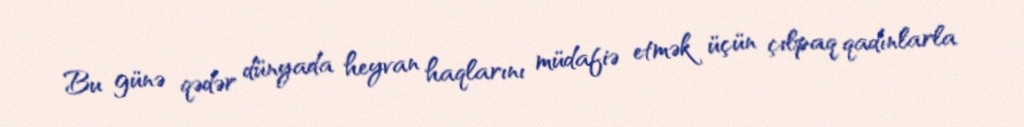
Bu günə qədər dünyada heyvan haqlarını müdafiə etmək üçün çılpaq qadınlarla